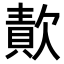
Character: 𣤈